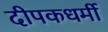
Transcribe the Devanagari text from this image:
दीपकधर्मी